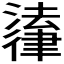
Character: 𪫚